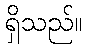
ရှိသည်။